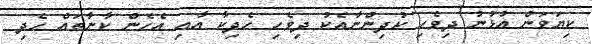
ކިޔަވަން އުޅުނު ދިވެހި ކުދިންނާއެކު ދިވެހި ހެދިކާ އާއި އެހެން ކާނާތައް ހެދި